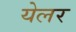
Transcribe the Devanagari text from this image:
येलर